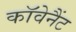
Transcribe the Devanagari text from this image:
काॅवेनैंट